38_143685_box7_Incident_Summaries_1-100
Agency: Department of War
Page 175
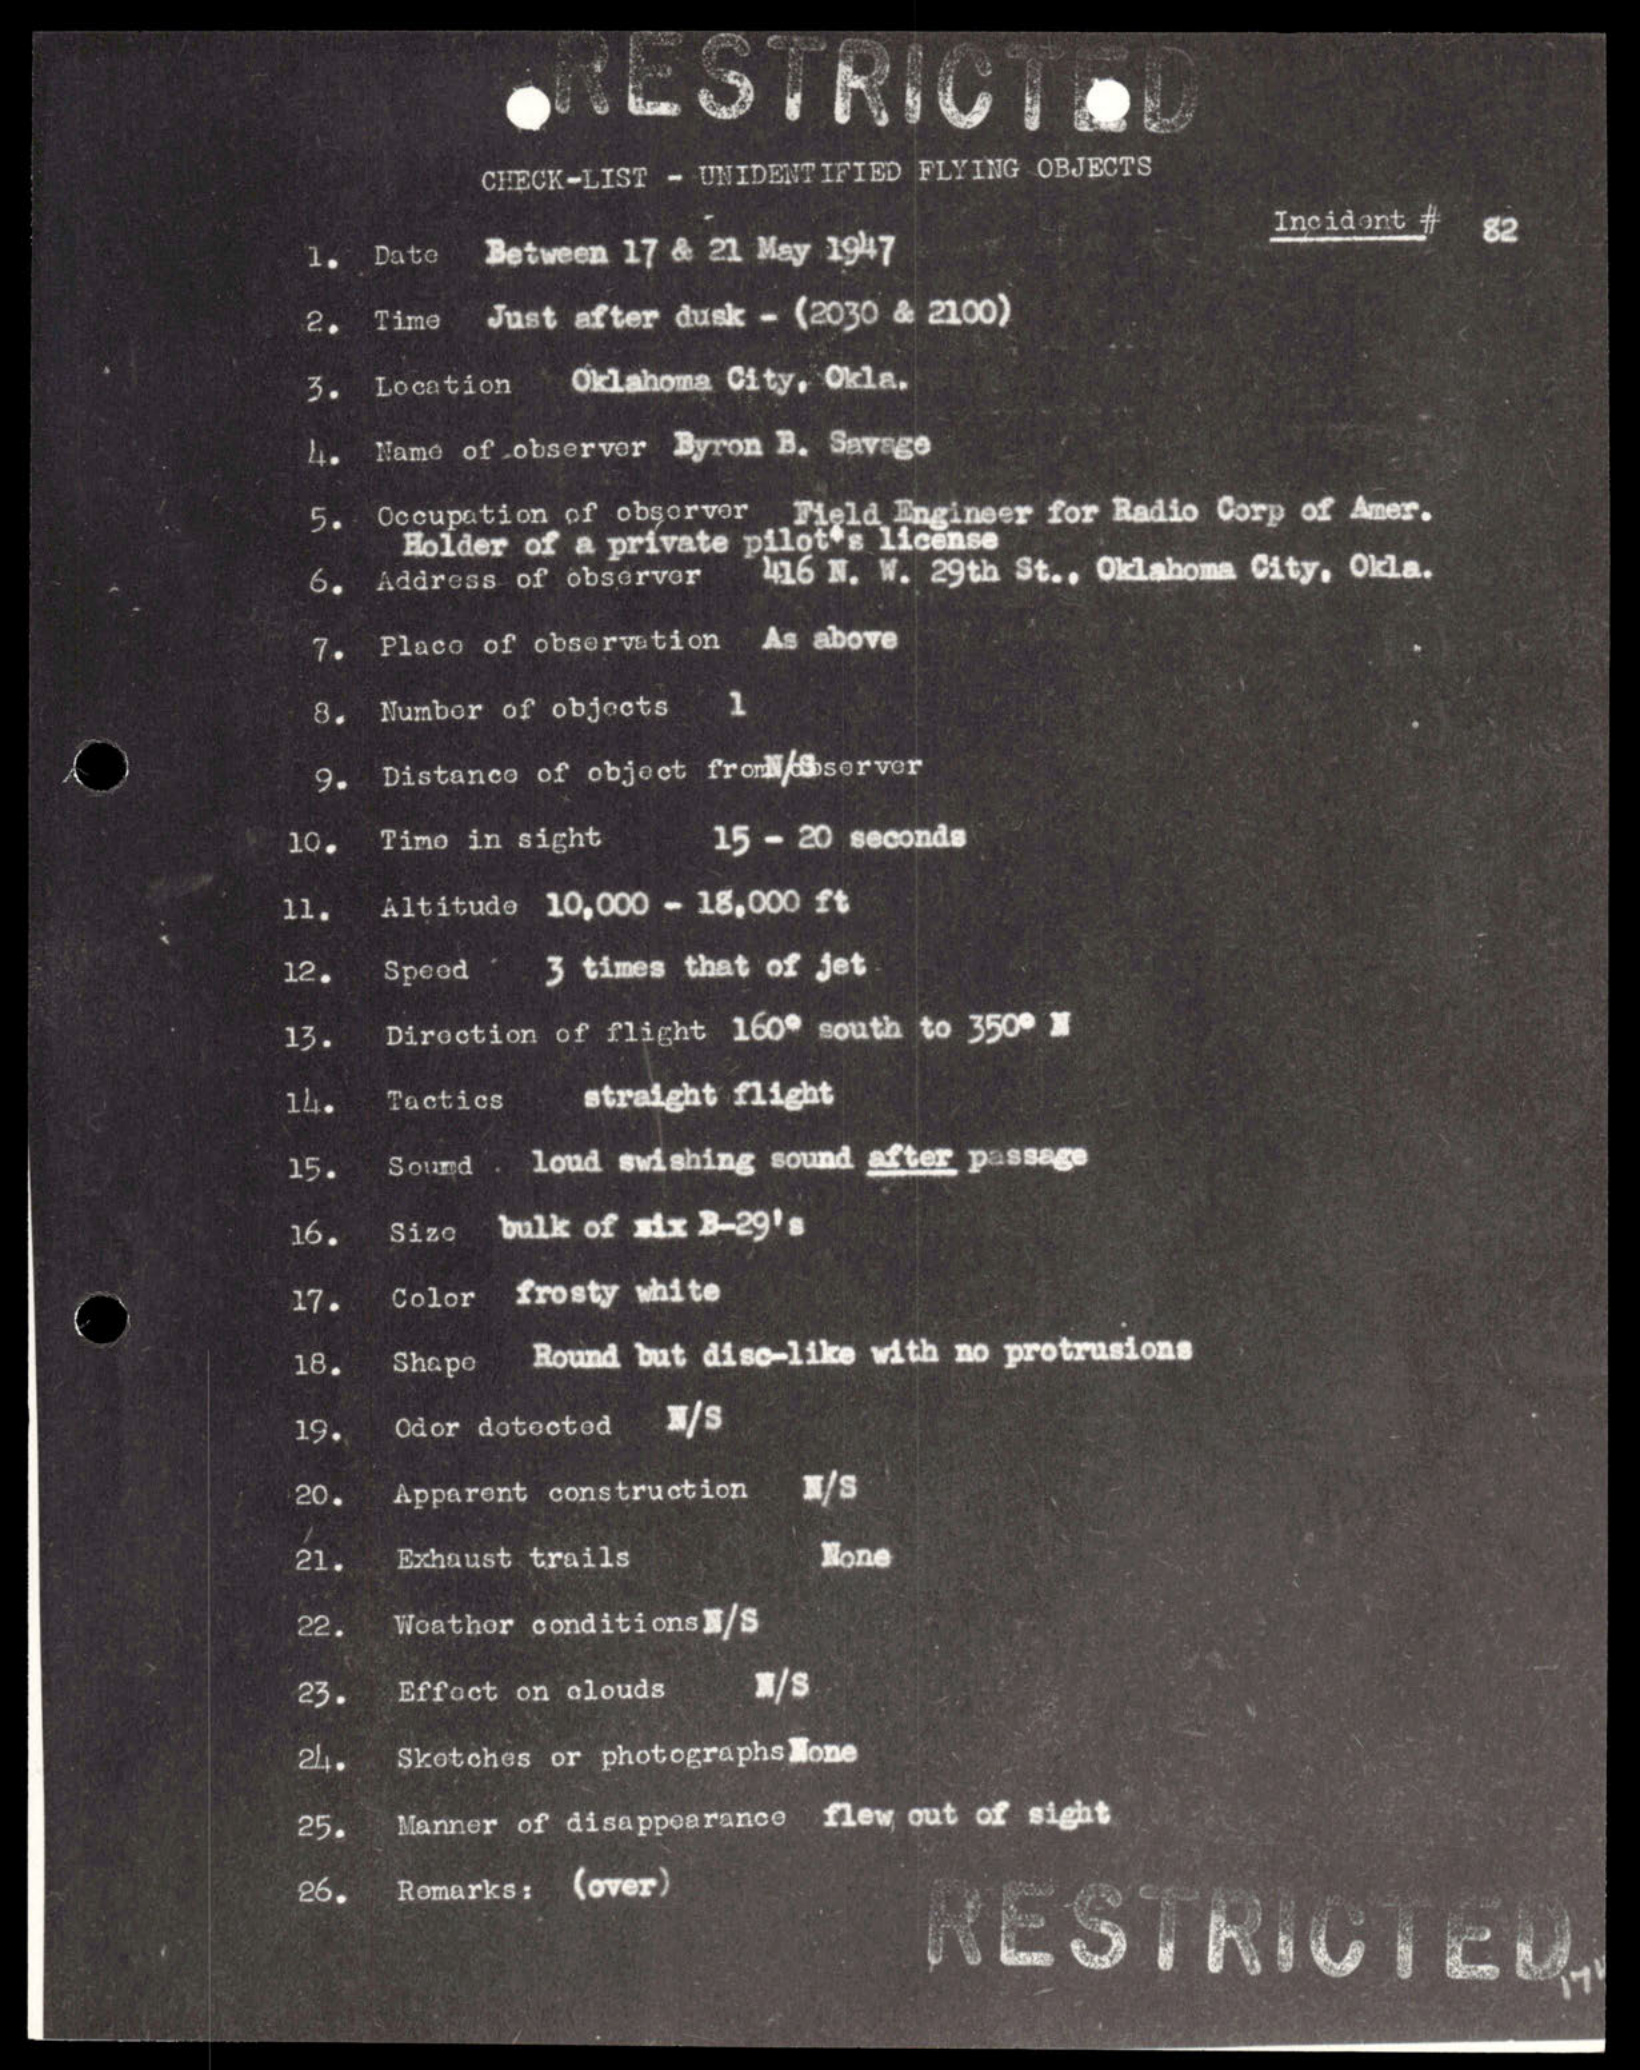